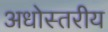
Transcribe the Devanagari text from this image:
अधोस्तरीय